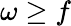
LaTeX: \omega\geq f